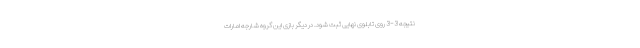
نتیجه 3-3 روی تابلوی نهایی ثبت شود. در دیگر بازی این گروه شارجه امارات